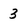
Character: 3